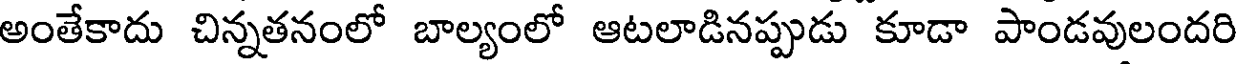
అంతేకాదు చిన్నతనంలో బాల్యంలో ఆటలాడినప్పుడు కూడా పాండవులందరి